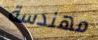
مهندسة